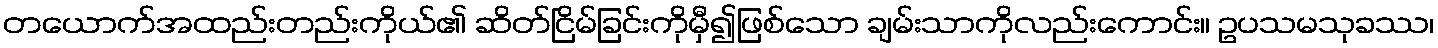
တယောက်အထည်းတည်းကိုယ်၏ ဆိတ်ငြိမ်ခြင်းကိုမှီ၍ဖြစ်သော ချမ်းသာကိုလည်းကောင်း။ ဥပသမသုခဿ၊